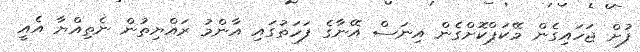
ފުށް ޖަހައިގެން މޭކަޕްކޮށްގެން އިނަސް އޭނާގެ ފަހަތުގައި އާންމު ރައްޔިތުން ނެތިއްޔާ އެއީ